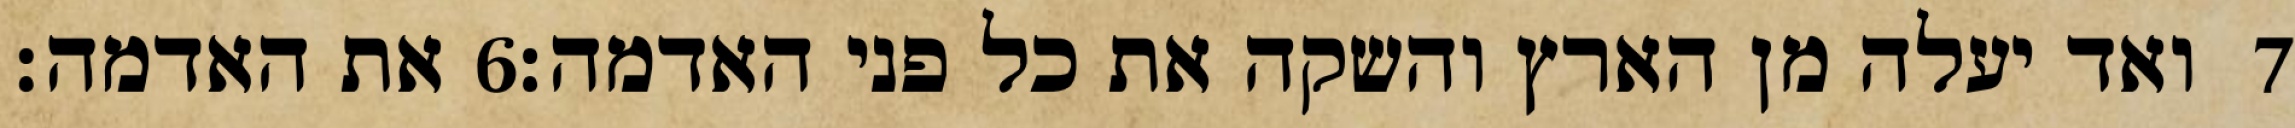
את האדמה׃ ‎6‏ ואד יעלה מן הארץ והשקה את כל פני האדמה׃ ‎7‏